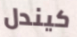
كيندل